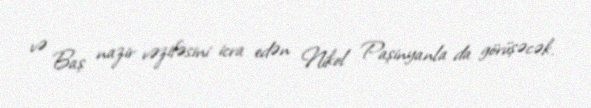
və Baş nazir vəzifəsini icra edən Nikol Paşinyanla da görüşəcək.